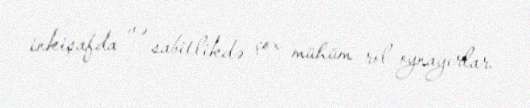
inkişafda və sabitlikdə çox mühüm rol oynayırlar.